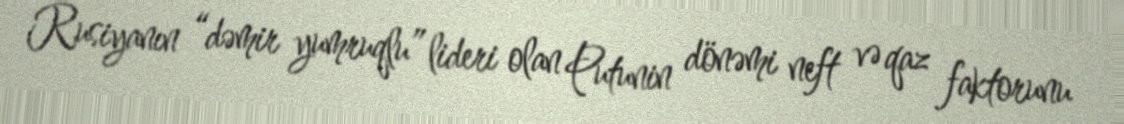
Rusiyanın “dəmir yumruqlu” lideri olan Putunin dönəmi neft və qaz faktorunu